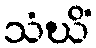
သံဃိံ